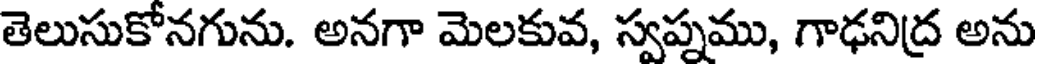
తెలుసుకోనగును. అనగా మెలకువ, స్వప్నము, గాఢనిద్ర అను